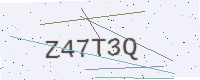
Text: Z47T3Q